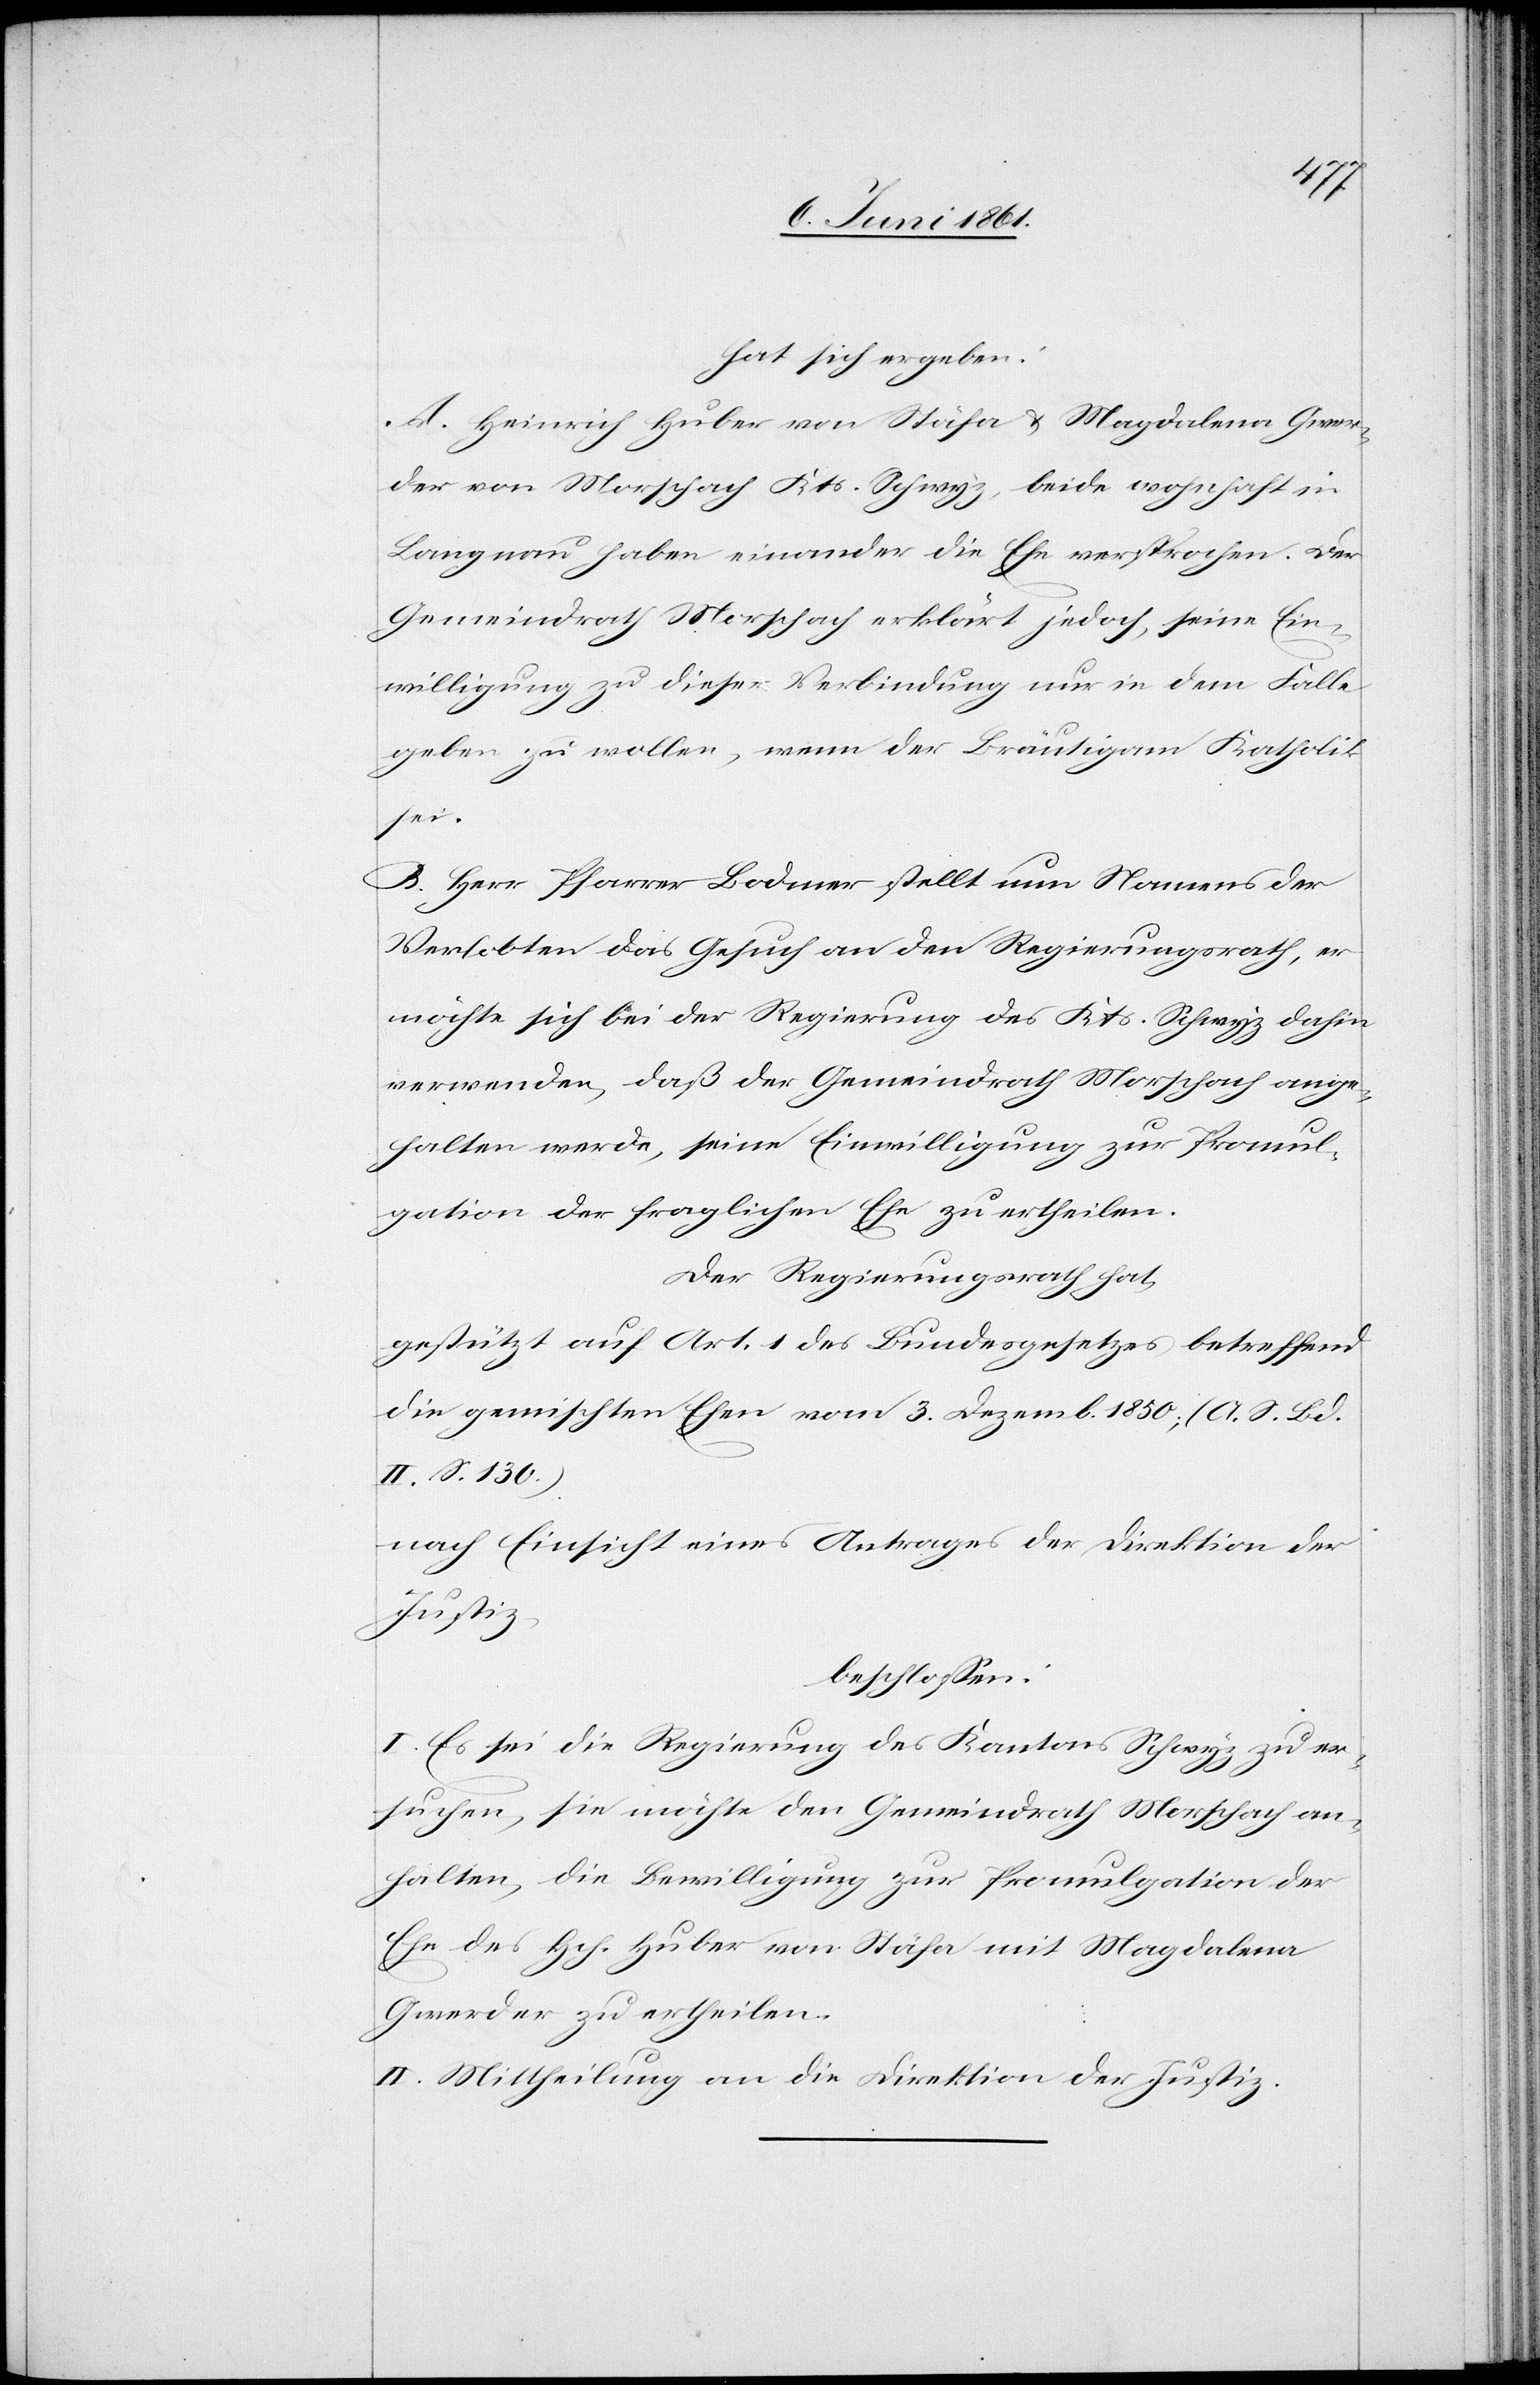
hat sich ergeben:
A. Heinrich Huber von Stäfa u. Magdalena Gwer¬
der von Morschach Kts. Schwyz, beide wohnhaft in
Langnau haben einander die Ehe versprochen. Der
Gemeindrath Morschach erklärt jedoch, seine Ein¬
willigung zu dieser Verbindung nur in dem Falle
geben zu wollen, wenn der Bräutigam Katholik
sei.
B. Herr Pfarrer Bodmer stellt nun Namens der
Verlobten das Gesuch an den Regierungsrath, er
möchte sich bei der Regierung des Kts. Schwyz dahin
verwenden, daß der Gemeindrath Morschach ange¬
halten werde, seine Einwilligung zur Promul¬
gation der fraglichen Ehe zu ertheilen.
Der Regierungsrath hat,
gestützt auf Art. 1 des Bundesgesetzes betreffend
die gemischten Ehen vom 3. Dezember 1850; (A.S. Bd.
II. S. 130)
nach Einsicht eines Antrages der Direktion der
Justiz,
beschlossen:
I. Es sei die Regierung des Kantons Schwyz zu er¬
suchen, sie möchte den Gemeindrath Morschach an¬
halten, die Bewilligung zur Promulgation der
Ehe des Hch. Huber von Stäfa Magdalena
Gwerder zu ertheilen.
II. Mittheilung an die Direktion der Justiz.